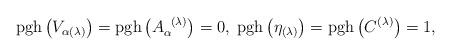
LaTeX: \begin{align*}\mathrm{pgh}\left( V_{\alpha (\lambda )}\right) =\mathrm{pgh}\left(A_{\alpha }^{\;\;(\lambda )}\right) =0,\;\mathrm{pgh}\left( \eta _{(\lambda)}\right) =\mathrm{pgh}\left( C^{(\lambda )}\right) =1, \end{align*}